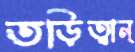
তড়িত্বান্‌